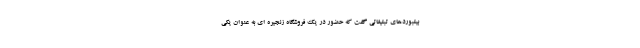
بیلبوردهای تبلیغاتی گفت که حضور در یک فروشگاه زنجیره ای به عنوان یکی